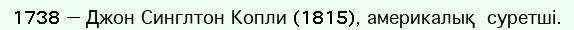
1738 — Джон Синглтон Копли (1815), америкалық  суретші.